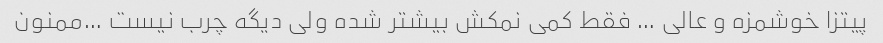
پیتزا خوشمزه و عالی … فقط کمی نمکش بیشتر شده ولی دیگه چرب نیست …ممنون